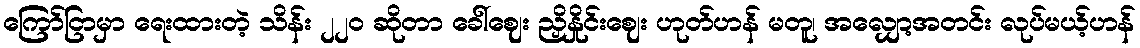
ကြော်ငြာမှာ ရေးထားတဲ့ သိန်း ၂၂ဝ ဆိုတာ ခေါ်ဈေး ညှိနှိုင်းဈေး ဟုတ်ဟန် မတူ၊ အလျှော့အတင်း လုပ်မယ့်ဟန်